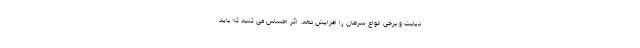
دیابت و برخی انواع سرطان را افزایش دهد. اگر احساس می کنید که باید